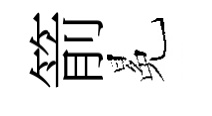
箭冕